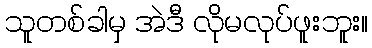
သူတစ်ခါမှ အဲဒီ လိုမလုပ်ဖူးဘူး။